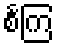
စင်္ကြ